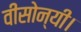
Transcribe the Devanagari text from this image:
वीसोन्यी।